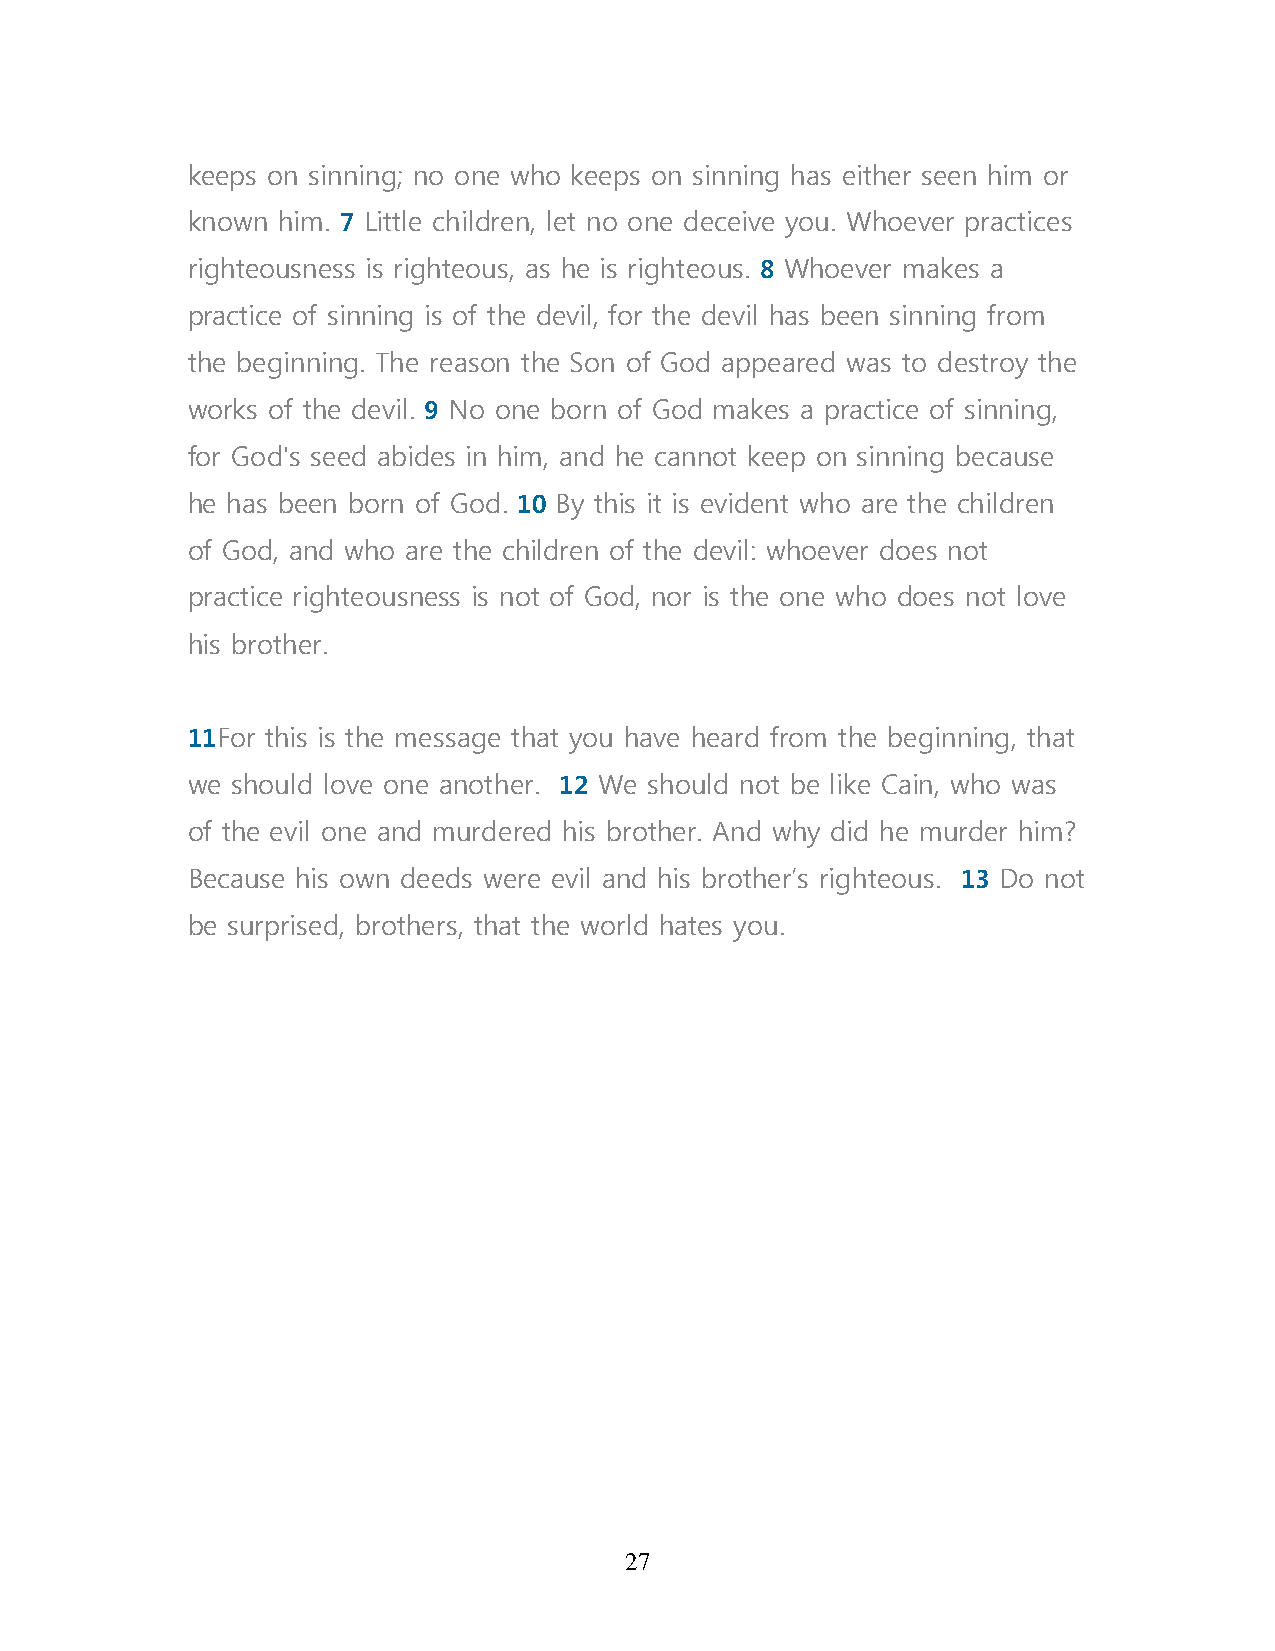
keeps on sinning; no one who keeps on sinning has either seen him or
 known him. 7 Little children, let no one deceive you. Whoever practices
 righteousness is righteous, as he is righteous. 8 Whoever makes a
 practice of sinning is of the devil, for the devil has been sinning from
 the beginning. The reason the Son of God appeared was to destroy the
 works of the devil. 9 No one born of God makes a practice of sinning,
 for God's seed abides in him, and he cannot keep on sinning because
 he has been born of God. 10 By this it is evident who are the children
 of God, and who are the children of the devil: whoever does not
 practice righteousness is not of God, nor is the one who does not love
 his brother.
 11For this is the message that you have heard from the beginning, that
 we should love one another. 12 We should not be like Cain, who was
 of the evil one and murdered his brother. And why did he murder him?
 Because his own deeds were evil and his brother’s righteous. 13 Do not
 be surprised, brothers, that the world hates you.
 27